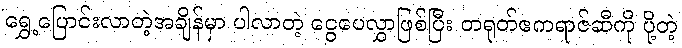
ရွှေ့ပြောင်းလာတဲ့အချိန်မှာ ပါလာတဲ့ ငွေပေလွှာဖြစ်ပြီး တရုတ်ဧကရာဇ်ဆီကို ပို့တဲ့